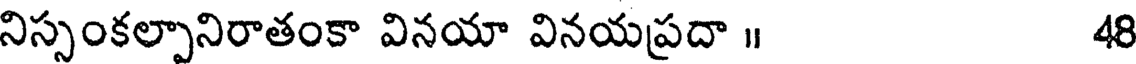
నిస్సంకల్పానిరాతంకా వినయా వినయప్రదా ॥ 48